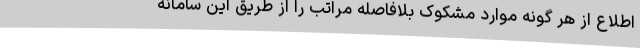
اطلاع از هر گونه موارد مشکوک بلافاصله مراتب را از طریق این سامانه